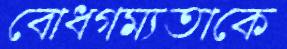
বোধগম্যতাকে